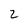
Character: z